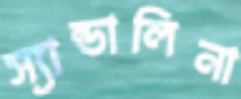
স্যান্ডালিনা